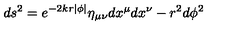
d s ^ { 2 } = e ^ { - 2 k r | \phi | } \eta _ { \mu \nu } d x ^ { \mu } d x ^ { \nu } - r ^ { 2 } d \phi ^ { 2 }